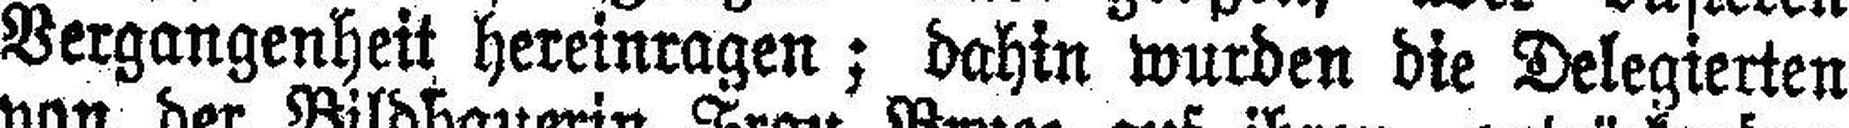
Vergangenheit hereinragen; dahin wurden die Delegierten